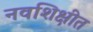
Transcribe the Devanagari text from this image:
नवशिक्षीत